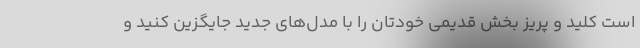
است کلید و پریز بخش قدیمی خودتان را با مدل‌های جدید جایگزین کنید و